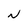
Character: N